Calcutta medical institutions reports 1892-1900
Year: 1892
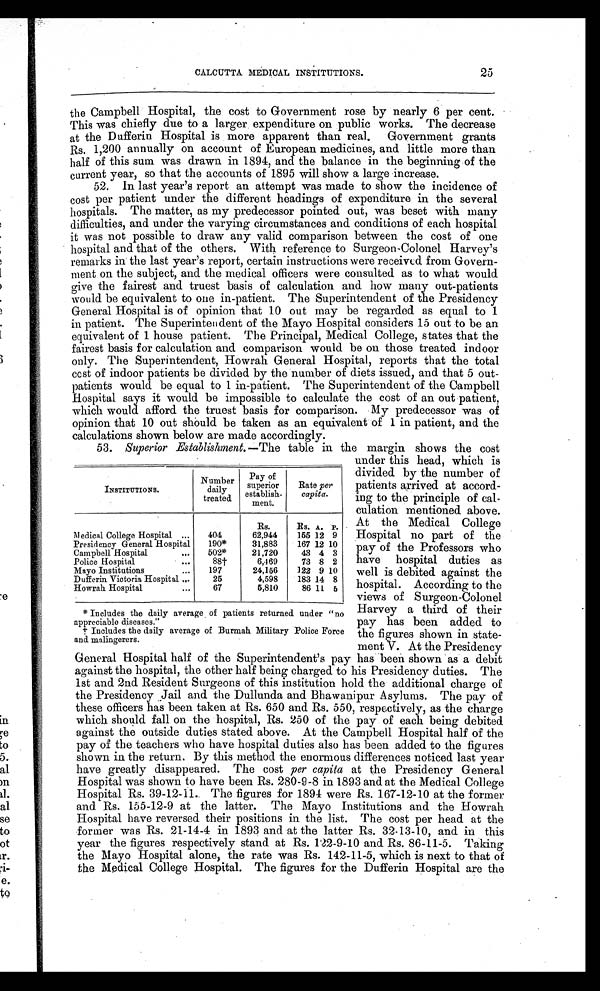
CALCUTTA MEDICAL INSTITUTIONS.
25
the Campbell Hospital, the cost to Government rose by nearly 6 per cent.
This was chiefly due to a larger expenditure on public works. The decrease
at the Dufferin Hospital is more apparent than real. Government grants
Rs. 1,200 annually on account of European medicines, and little more than
half of this sum was drawn in 1894, and the balance in the beginning of the
current year, so that the accounts of 1895 will show a large increase.
52. In last year’s report an attempt was made to show the incidence of
cost per patient under the different headings of expenditure in the several
hospitals. The matter, as my predecessor pointed out, was beset with many
difficulties, and under the varying circumstances and conditions of each hospital
it was not possible to draw any valid comparison between the cost of one
hospital and that of the others. With reference to Surgeon-Colonel Harvey’s
remarks in the last year’s report, certain instructions were received from Govern-
ment on the subject, and the medical officers were consulted as to what would
give the fairest and truest basis of calculation and how many out-patients
would be equivalent to one in-patient. The Superintendent of the Presidency
General Hospital is of opinion that 10 out may be regarded as equal to 1
in patient. The Superintendent of the Mayo Hospital considers 15 out to be an
equivalent of 1 house patient. The Principal, Medical College, states that the
fairest basis for calculation and comparison would be on those treated indoor
only. The Superintendent, Howrah General Hospital, reports that the total
cost of indoor patients be divided by the number of diets issued, and that 5 out-
patients would be equal to 1 in-patient. The Superintendent of the Campbell
Hospital says it would be impossible to calculate the cost of an out patient,
which would afford the truest basis for comparison. My predecessor was of
opinion that 10 out should be taken as an equivalent of 1 in patient, and the
calculations shown below are made accordingly.
53. Superior Establishment.—The table in the margin shows the cost
under this head, which is
divided by the number of
patients arrived at accord-
ing to the principle of cal-
culation mentioned above.
At the Medical College
Hospital no part of the
pay of the Professors who
have hospital duties as
well is debited against the
hospital. According to the
views of Surgeon-Colonel
Harvey a third of their
pay has been added to
the figures shown in state-
ment V. At the Presidency
General Hospital half of the Superintendent’s pay has been shown as a debit
against the hospital, the other half being charged to his Presidency duties. The
1st and 2nd Resident Surgeons of this institution hold the additional charge of
the Presidency Jail and the Dullunda and Bhawanipur Asylums. The pay of
these officers has been taken at Rs. 650 and Rs. 550, respectively, as the charge
which should fall on the hospital, Rs. 250 of the pay of each being debited
against the outside duties stated above. At the Campbell Hospital half of the
pay of the teachers who have hospital duties also has been added to the figures
shown in the return. By this method the enormous differences noticed last year
have greatly disappeared. The cost per capita at the Presidency General
Hospital was shown to have been Rs. 280-9-8 in 1893 and at the Medical College
Hospital Rs. 39-12-11. The figures for 1894 were Rs. 167-12-10 at the former
and Rs. 155-12-9 at the latter. The Mayo Institutions and the Howrah
Hospital have reversed their positions in the list. The cost per head at the
former was Rs. 21-14-4 in 1893 and at the latter Rs. 32-13-10, and in this
year the figures respectively stand at Rs. 122-9-10 and Rs. 86-11-5. Taking
the Mayo Hospital alone, the rate was Rs. 142-11-5, which is next to that of
the Medical College Hospital. The figures for the Dufferin Hospital are the
INSTITUTIONS.
Number
daily
treated
Pay of
superior
establish-
ment.
Rate per
capita.
Rs.
Rs. A. P.
Medical College Hospital ...
404
62,944
155 12 9
Presidency General Hospital
190*
31,883
167 12 10
Campbell Hospital
...
502*
21,720
43 4 3
Police Hospital
...
88†
6,469
73 8 2
Mayo Institutions
...
197
24,156
122 9 10
Dufferin Victoria Hospital ...
25
4,598
183 14 8
Howrah Hospital
...
67
5,810
86 11 5
* Includes the daily average of patients returned under “no
appreciable diseases.”
† Includes the daily average of Burmah Military Police Force
and malingerers.